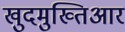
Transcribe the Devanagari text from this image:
खुदमुख्तिआर